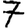
Digit: 7